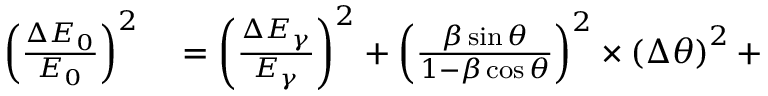
\begin{array} { r l } { \left( \frac { \Delta { E _ { 0 } } } { E _ { 0 } } \right) ^ { 2 } } & { { } = \left( \frac { \Delta E _ { \gamma } } { E _ { \gamma } } \right) ^ { 2 } + \left( \frac { \beta \sin \theta } { 1 - \beta \cos \theta } \right) ^ { 2 } \times \left( \Delta \theta \right) ^ { 2 } + } \end{array}